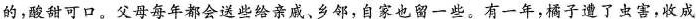
的，酸甜可口。父母每年都会送些给亲戚，乡邻，自家也，留一些。有一年，橘子遭了虫害。收成